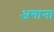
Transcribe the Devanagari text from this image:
अगाना